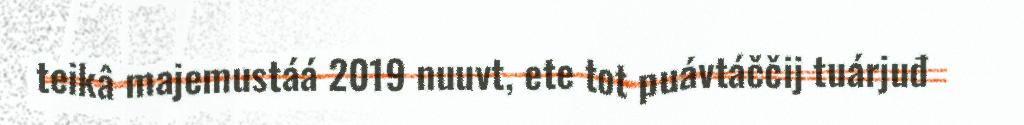
teikâ majemustáá 2019 nuuvt, ete tot puávtáččij tuárjuđ